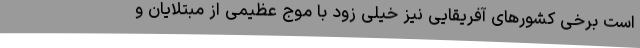
است برخی کشورهای آفریقایی نیز خیلی زود با موج عظیمی از مبتلایان و